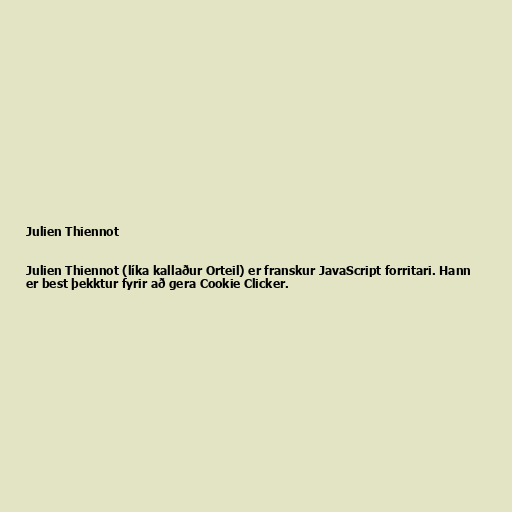
Julien Thiennot

Julien Thiennot (líka kallaður Orteil) er franskur JavaScript forritari. Hann
er best þekktur fyrir að gera Cookie Clicker.